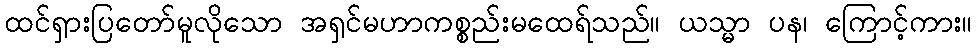
ထင်ရှားပြတော်မူလိုသော အရှင်မဟာကစ္စည်းမထေရ်သည်။ ယသ္မာ ပန၊ ကြောင့်ကား။